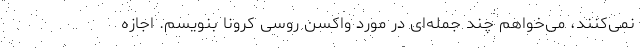
نمی‌کنند، می‌خواهم چند جمله‌ای در مورد واکسن روسی کرونا بنویسم. اجازه